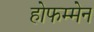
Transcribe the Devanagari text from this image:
होफम्मेन